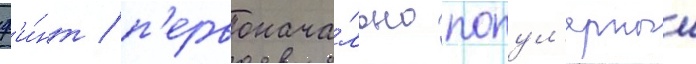
ф'и́нт / п'ервонача́льно попул'ярныи